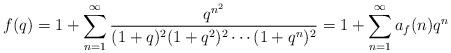
LaTeX: \begin{align*}f(q) &= 1+\sum_{n=1}^{\infty}\frac{q^{n^{2}}}{(1+q)^{2}(1+q^{2})^{2}\cdots (1+q^{n})^{2}} = 1 + \sum_{n=1}^{\infty}a_{f}(n)q^{n}\end{align*}